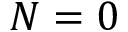
N = 0